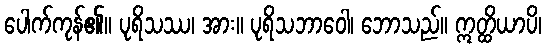
ပေါက်ကုန်၏။ ပုရိသဿ၊ အား။ ပုရိသဘာဝေါ၊ ဘောသည်။ ဣတ္ထိယာပိ၊